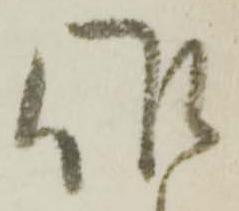
作